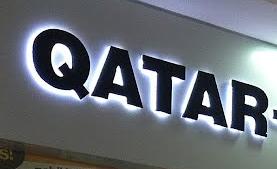
qatar